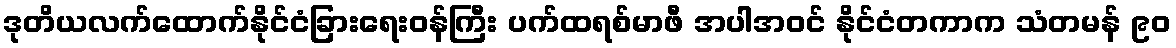
ဒုတိယလက်ထောက်နိုင်ငံခြားရေးဝန်ကြီး ပက်ထရစ်မာဖီ အပါအဝင် နိုင်ငံတကာက သံတမန် ၉၀